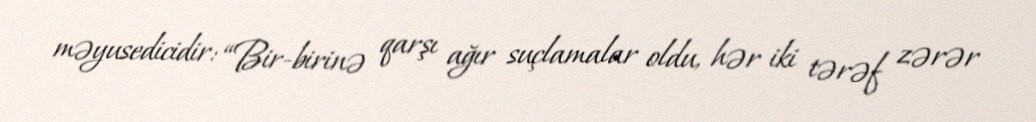
məyusedicidir: “Bir-birinə qarşı ağır suçlamalar oldu, hər iki tərəf zərər